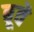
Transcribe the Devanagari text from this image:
बूवे